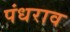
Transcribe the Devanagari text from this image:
पंधराव